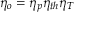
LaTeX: \eta _ { o } = \eta _ { p } \eta _ { t h } \eta _ { T }